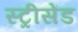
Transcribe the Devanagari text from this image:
स्ट्रीसेंड